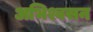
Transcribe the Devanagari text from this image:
अभिश्वसन